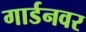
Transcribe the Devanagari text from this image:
गार्डनवर